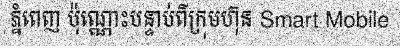
ភ្នំពេញ ប៉ុណ្ណោះបន្ទាប់ពីក្រុមហ៊ុន Smart Mobile